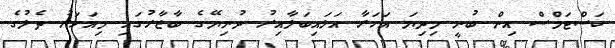
ކަސްޓަމްސް އިން ބުނީ މިދިޔަ އަހަރާ އަޅައިބަލާއިރު ދުނިޔޭގެ ބާޒާރުގައި މިއަހަރު ތެލުގެ